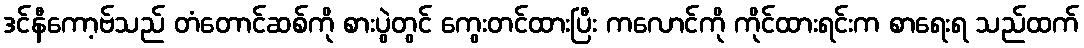
ဒင်နီကော့ဗ်သည် တံတောင်ဆစ်ကို စားပွဲတွင် ကွေးတင်ထားပြီး ကလောင်ကို ကိုင်ထားရင်းက စာရေးရ သည်ထက်